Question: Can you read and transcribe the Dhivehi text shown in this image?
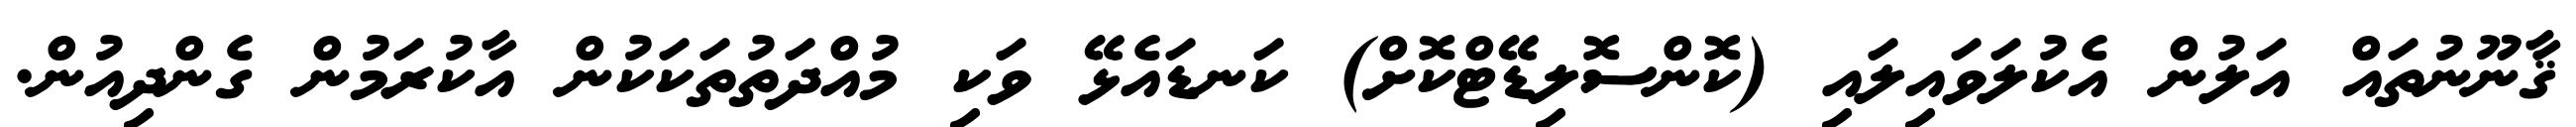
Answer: ޤާނޫނުތައް އަލުން އެކުލަވައިލައި (ކޮންސޮލިޑޭޓްކޮށް) ކަނޑައެޅޭ ވަކި މުއްދަތުތަކަކުން އާކުރަމުން ގެންދިއުން.